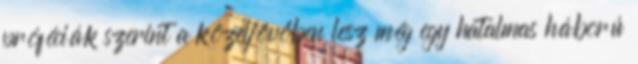
próféciák szerint a közeljövőben lesz még egy hatalmas háború